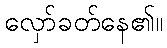
လှော်ခတ်နေ၏။